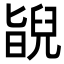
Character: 𦦃